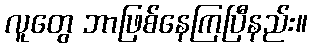
လူတွေ ဘာဖြစ်နေကြပြီနည်း။